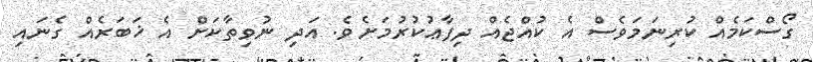
ގޯސްކަމެއް ކުރިނަމަވެސް އެ ކުއްޖެއް ދިފާޢުކުރުމަށެވެ. އަދި ނުވިތާކަށް އެ ޚަބަރެއް ގެނައި